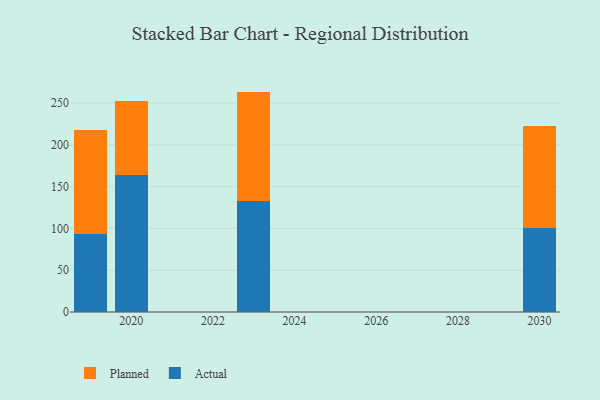
{"axis": {"x": "Year", "y": "Active Users"}, "legend": ["Actual", "Planned"], "data": [{"x": "2020", "y": 163.6, "type": "Actual"}, {"x": "2020", "y": 88.9, "type": "Planned"}, {"x": "2019", "y": 93.4, "type": "Actual"}, {"x": "2019", "y": 124.2, "type": "Planned"}, {"x": "2023", "y": 132.9, "type": "Actual"}, {"x": "2023", "y": 130.8, "type": "Planned"}, {"x": "2030", "y": 100.8, "type": "Actual"}, {"x": "2030", "y": 122.0, "type": "Planned"}]}